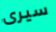
سيرى